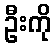
ဦးကို